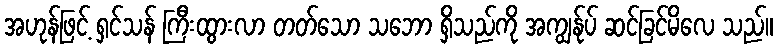
အဟုန်ဖြင့် ရှင်သန် ကြီးထွားလာ တတ်သော သဘော ရှိသည်ကို အကျွန်ုပ် ဆင်ခြင်မိလေ သည်။